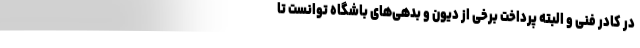
در کادر فنی و البته پرداخت برخی از دیون و بدهی‌های باشگاه توانست تا